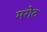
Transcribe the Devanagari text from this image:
मरोठ